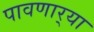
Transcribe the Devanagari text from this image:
पावणार्‍या